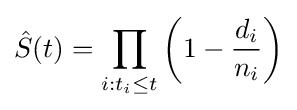
{\hat {S}}(t)=\prod _{i:t_{i}\leq t}\left(1-{\frac {d_{i}}{n_{i}}}\right)